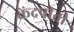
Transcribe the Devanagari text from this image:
केंद्रपीती